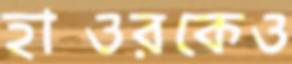
হাওরকেও